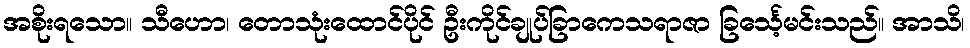
အစိုးရသော။ သီဟော၊ တောသုံးထောင်ပိုင် ဦးကိုင်ချုပ်ခြာကေသရာဇာ ခြင်္သေ့မင်းသည်။ အာသိ၊